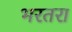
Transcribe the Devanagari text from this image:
भरतरा